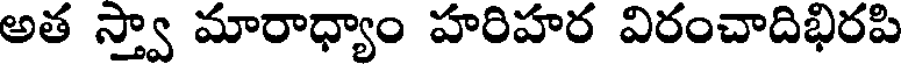
అత స్త్వా మారాధ్యాం హరిహర విరంచాదిభిరపి